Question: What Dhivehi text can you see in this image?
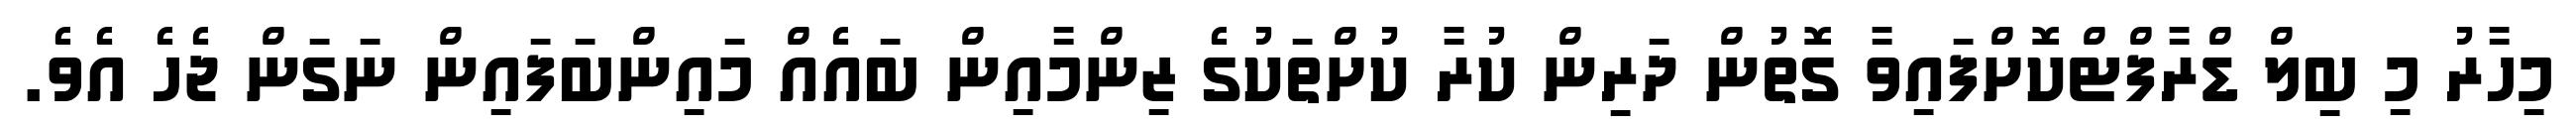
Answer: މިހާރު މި ބިލް ޑްރާފްޓްކޮށްފައިވާ ގޮތުން ދަރިން ކުރާ ކުށްތަކުގެ ޒިންމާއިން ބައެއް މައިންބަފައިން ނަގަން ޖެހެ އެވެ.